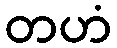
တဟံ